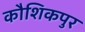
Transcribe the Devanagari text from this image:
कौशिकपुर